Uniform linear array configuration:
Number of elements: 12
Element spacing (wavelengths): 0.75
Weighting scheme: hamming
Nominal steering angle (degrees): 45
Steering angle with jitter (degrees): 43.18
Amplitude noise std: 0.05
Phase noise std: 0.05

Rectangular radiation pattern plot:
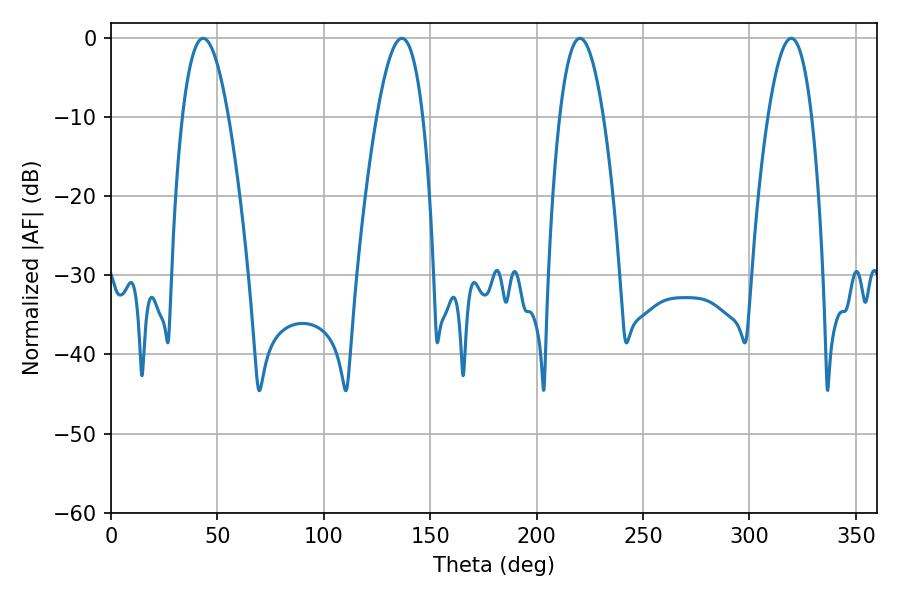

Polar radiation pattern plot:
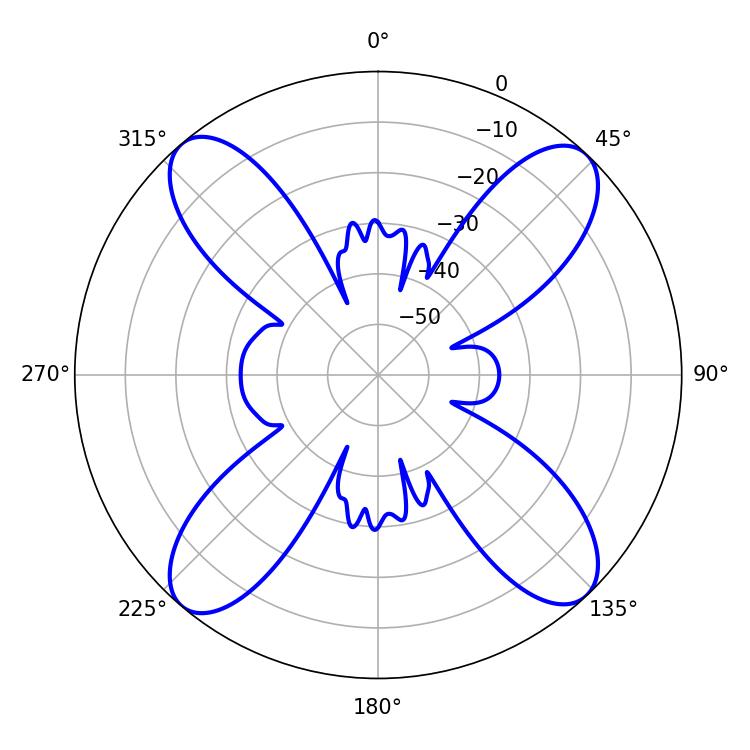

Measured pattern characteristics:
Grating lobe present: TRUE
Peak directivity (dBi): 17.928
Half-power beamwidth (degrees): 11.34
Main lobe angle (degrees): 220.32